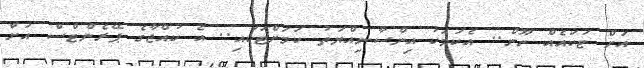
އަށް ޓަކައެއް ނޫން.. އެކަމަކު އިންސާނިއްޔަތު ކަމަށްޓަކައި.. އެ ކުއްޖާގެ ޕޭރެންޓްސް އަށް